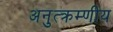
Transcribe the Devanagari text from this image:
अनुत्क्रम्णीय